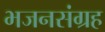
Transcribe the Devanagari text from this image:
भजनसंग्रह